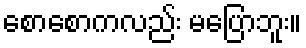
စောစောကလည်း မပြောဘူး။